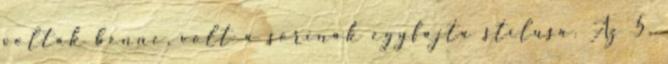
voltak benne, volt a sorinak egyfajta stílusa. Az 5.